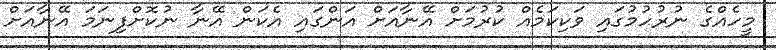
މީހެއްގެ ނުރުހުމުގައި ވަކިކަމެއް ކުރުމަށް އޭނާއަށް އަންގައި އެކަން އޭނާ ނުކޮށްފިނަމަ އޭނާއަށް